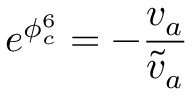
e ^ { \phi _ { c } ^ { 6 } } = - { \frac { v _ { a } } { \tilde { v } _ { a } } }